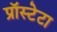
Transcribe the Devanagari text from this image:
प्रॉस्टेटा